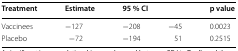
| Treatment | Estimate | <COLSPAN=2> 95 % CI | p value |
 | --- | --- | --- | --- | --- |
 | Vaccinees | −127 | −208 | −45 | 0.0023 |
 | Placebo | −72 | −194 | 51 | 0.2515 |